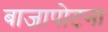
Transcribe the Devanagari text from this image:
बाजापोटना